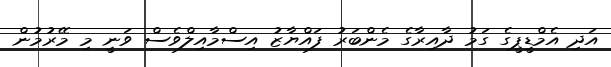
އަދި އެމްޑީޕީގެ ގަމު ދާއިރާގެ މެންބަރު ފައްޔާޒު އިސްމާއިލްވެސް ވަނީ މި މޭރުމުން